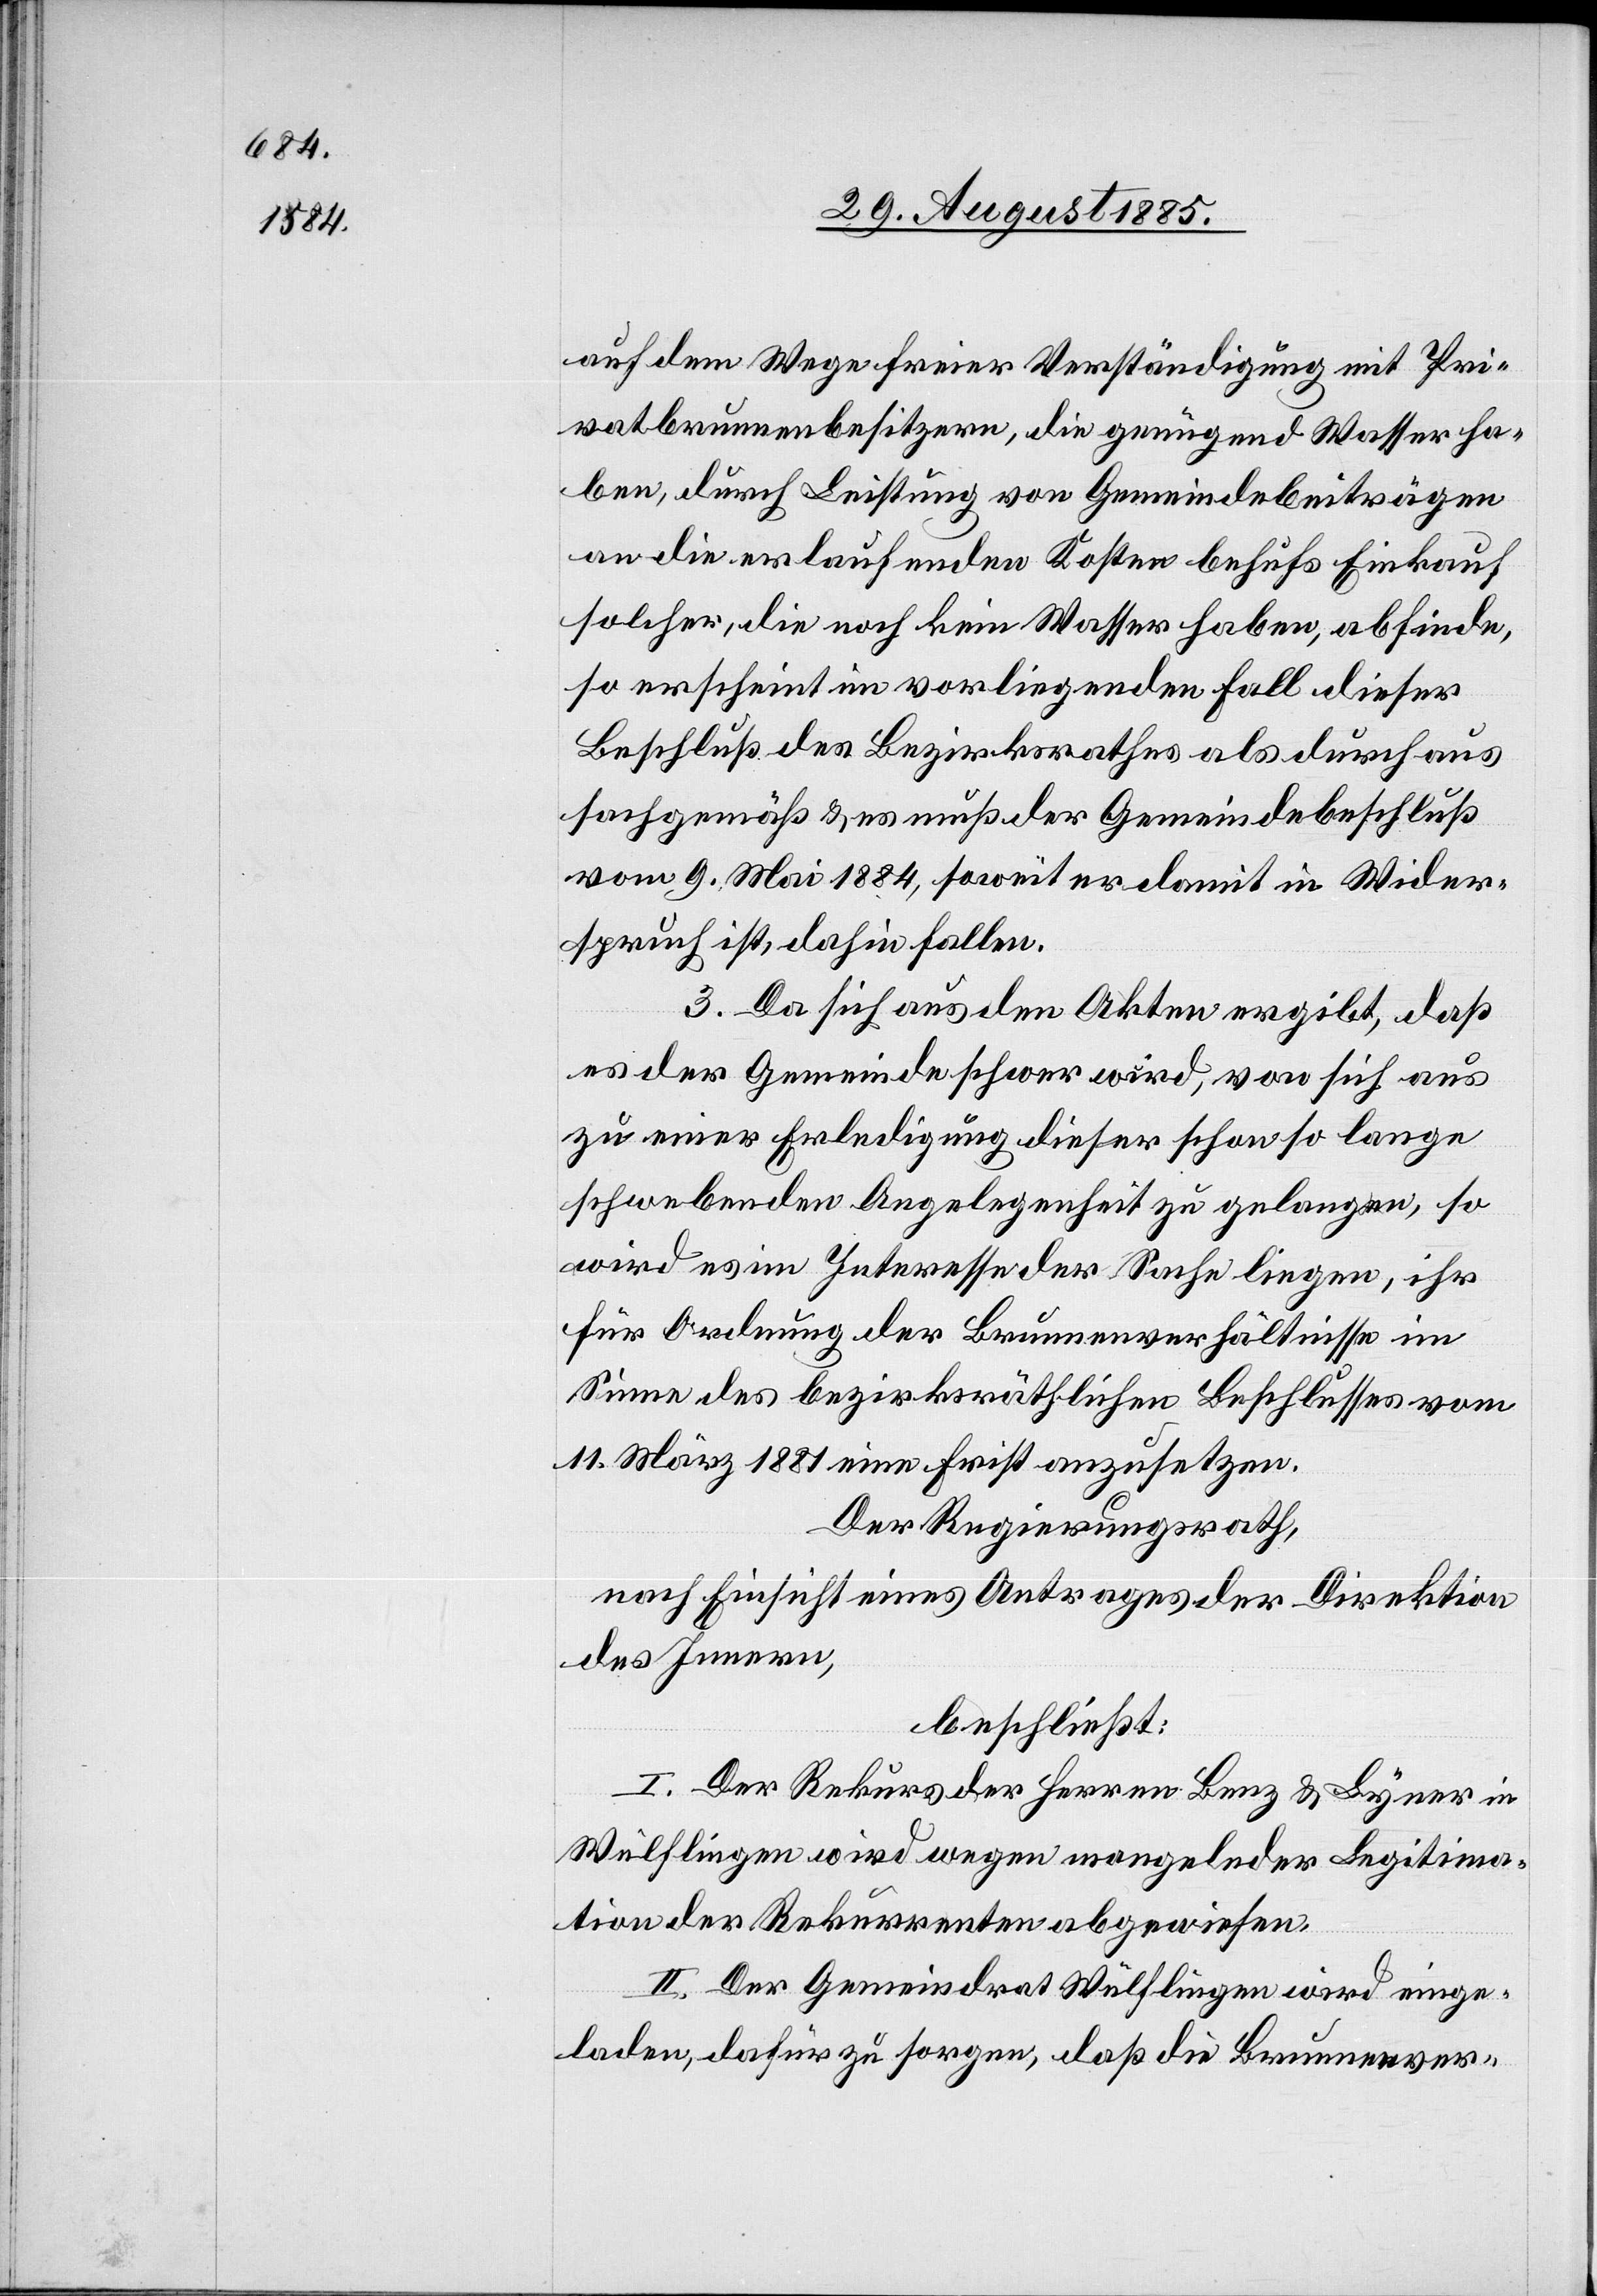
auf dem Wege freier Verständigung mit Pri¬
vatbrunnenbesitzern, die genügend Wasser ha¬
ben, durch Leistung von Gemeindebeiträgen
an die erlaufenden Kosten behufs Einkauf
solcher, die noch kein Wasser haben, abfinde,
so erscheint im vorliegenden Fall dieser
Beschluß des Bezirksrathes als durchaus
sachgemäß & es muß der Gemeindebeschluß
vom 9. Mai 1884, soweit er damit in Wider¬
spruch ist, dahin fallen.
3. Da sich aus den Akten ergibt, daß
es der Gemeinde schwer wird, von sich aus
zu einer Erledigung dieser schon so lange
schwebenden Angelegenheit zu gelangen, so
wird es im Interesse der Sache liegen, ihr
für Ordnung der Brunnenverhältnisse im
Sinne des bezirksräthlichen Beschlusses vom
11. März 1881 eine Frist anzusetzen.
Der Regierungsrath,
nach Einsicht eines Antrages der Direktion
des Innern,
beschließt:
I. Der Rekurs der Herren Benz & Lyner in
Wülflingen wird wegen mangelnder Legitima¬
tion der Rekurrenten abgewiesen.
II. Der Gemeindrat [sic!] Wülflingen wird einge¬
laden, dafür zu sorgen, daß die Brunnenver-